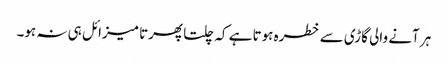
ہر آنے والی گاڑی سے خطرہ ہوتا ہے کہ چلتا پھرتا میزائل ہی نہ ہو۔